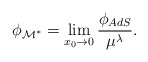
\begin{align*}\phi_{\cal M^*} = \lim_{x_0 \to 0}{\phi_{AdS}\over \mu^{\lambda}}.\end{align*}